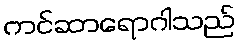
ကင်ဆာရောဂါသည်